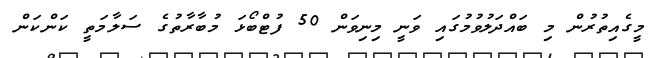
މީގެއިތުރުން މި ބައްދަލުވުމުުގައި ވަނީ މިނިވަން 50 ފުޓްބޯޅަ މުބާރާތުގެ ސަލާމަތީ ކަންކަން